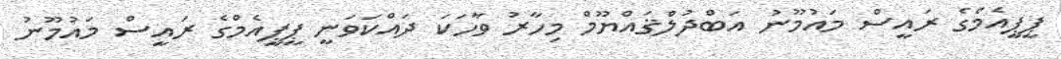
ޕީޕީއެމްގެ ރައީސް މައުމޫނު އަބްދުލްޤައްޔޫމް މިހާރު ވާހަކަ ދައްކަވަނީ ޕީޕީއެމްގެ ރައީސް މައުމޫނު